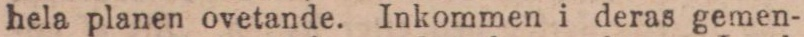
hela planen ovetande. Inkommen i deras gemen-